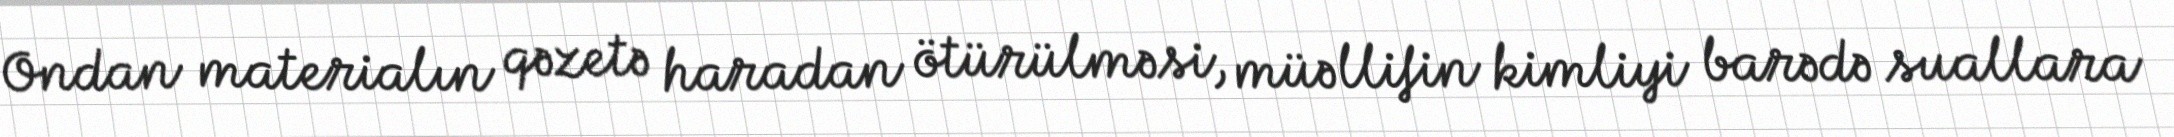
Ondan materialın qəzetə haradan ötürülməsi, müəllifin kimliyi barədə suallara